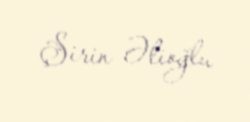
Şirin Əlioğlu